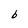
Character: b